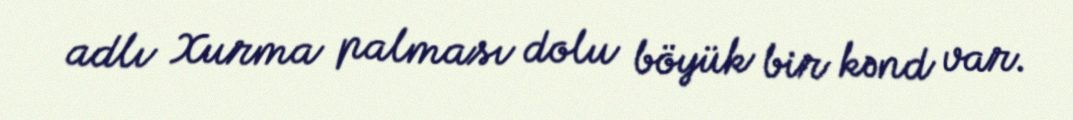
adlı Xurma palması dolu böyük bir kənd var.